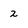
Character: 2